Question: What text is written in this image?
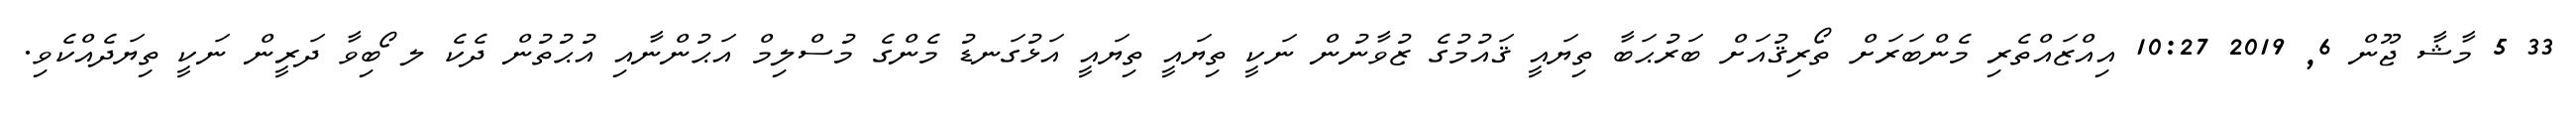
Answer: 33 5 މާޝާ ޖޫން 6, 2019 10:27 އިއްޒައްތެރި މެންބަރަށް ތޯރިޤުއަށް ބަރުޙަބާ ތިޔައީ ޤައުމުގެ ޒުވާނުން ނަކީ ތިޔައީ ތިޔައީ އަޅުގަނޑު މެންގެ މުސްލިމް އަޙުންނާއި އުޙުތުން ދެކެ ލ ޯބިވާ ދަރީން ނަކީ ތިޔަދެއްކެވި.